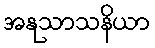
အနုသာသနိယာ